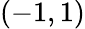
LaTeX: (-1,1)